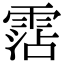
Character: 霑